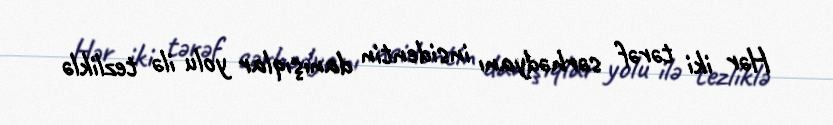
Hər iki tərəf sərhədyanı insidentin danışıqlar yolu ilə tezliklə